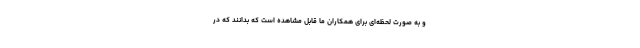
و به صورت لحظه‌ای برای همکاران ما قابل مشاهده است که بدانند که در